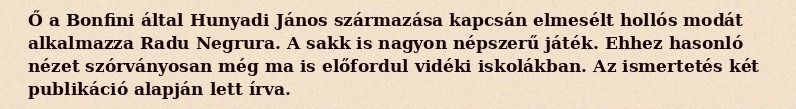
Ő a Bonfini által Hunyadi János származása kapcsán elmesélt hollós modát alkalmazza Radu Negrura. A sakk is nagyon népszerű játék. Ehhez hasonló nézet szórványosan még ma is előfordul vidéki iskolákban. Az ismertetés két publikáció alapján lett írva.